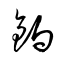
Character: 鍋